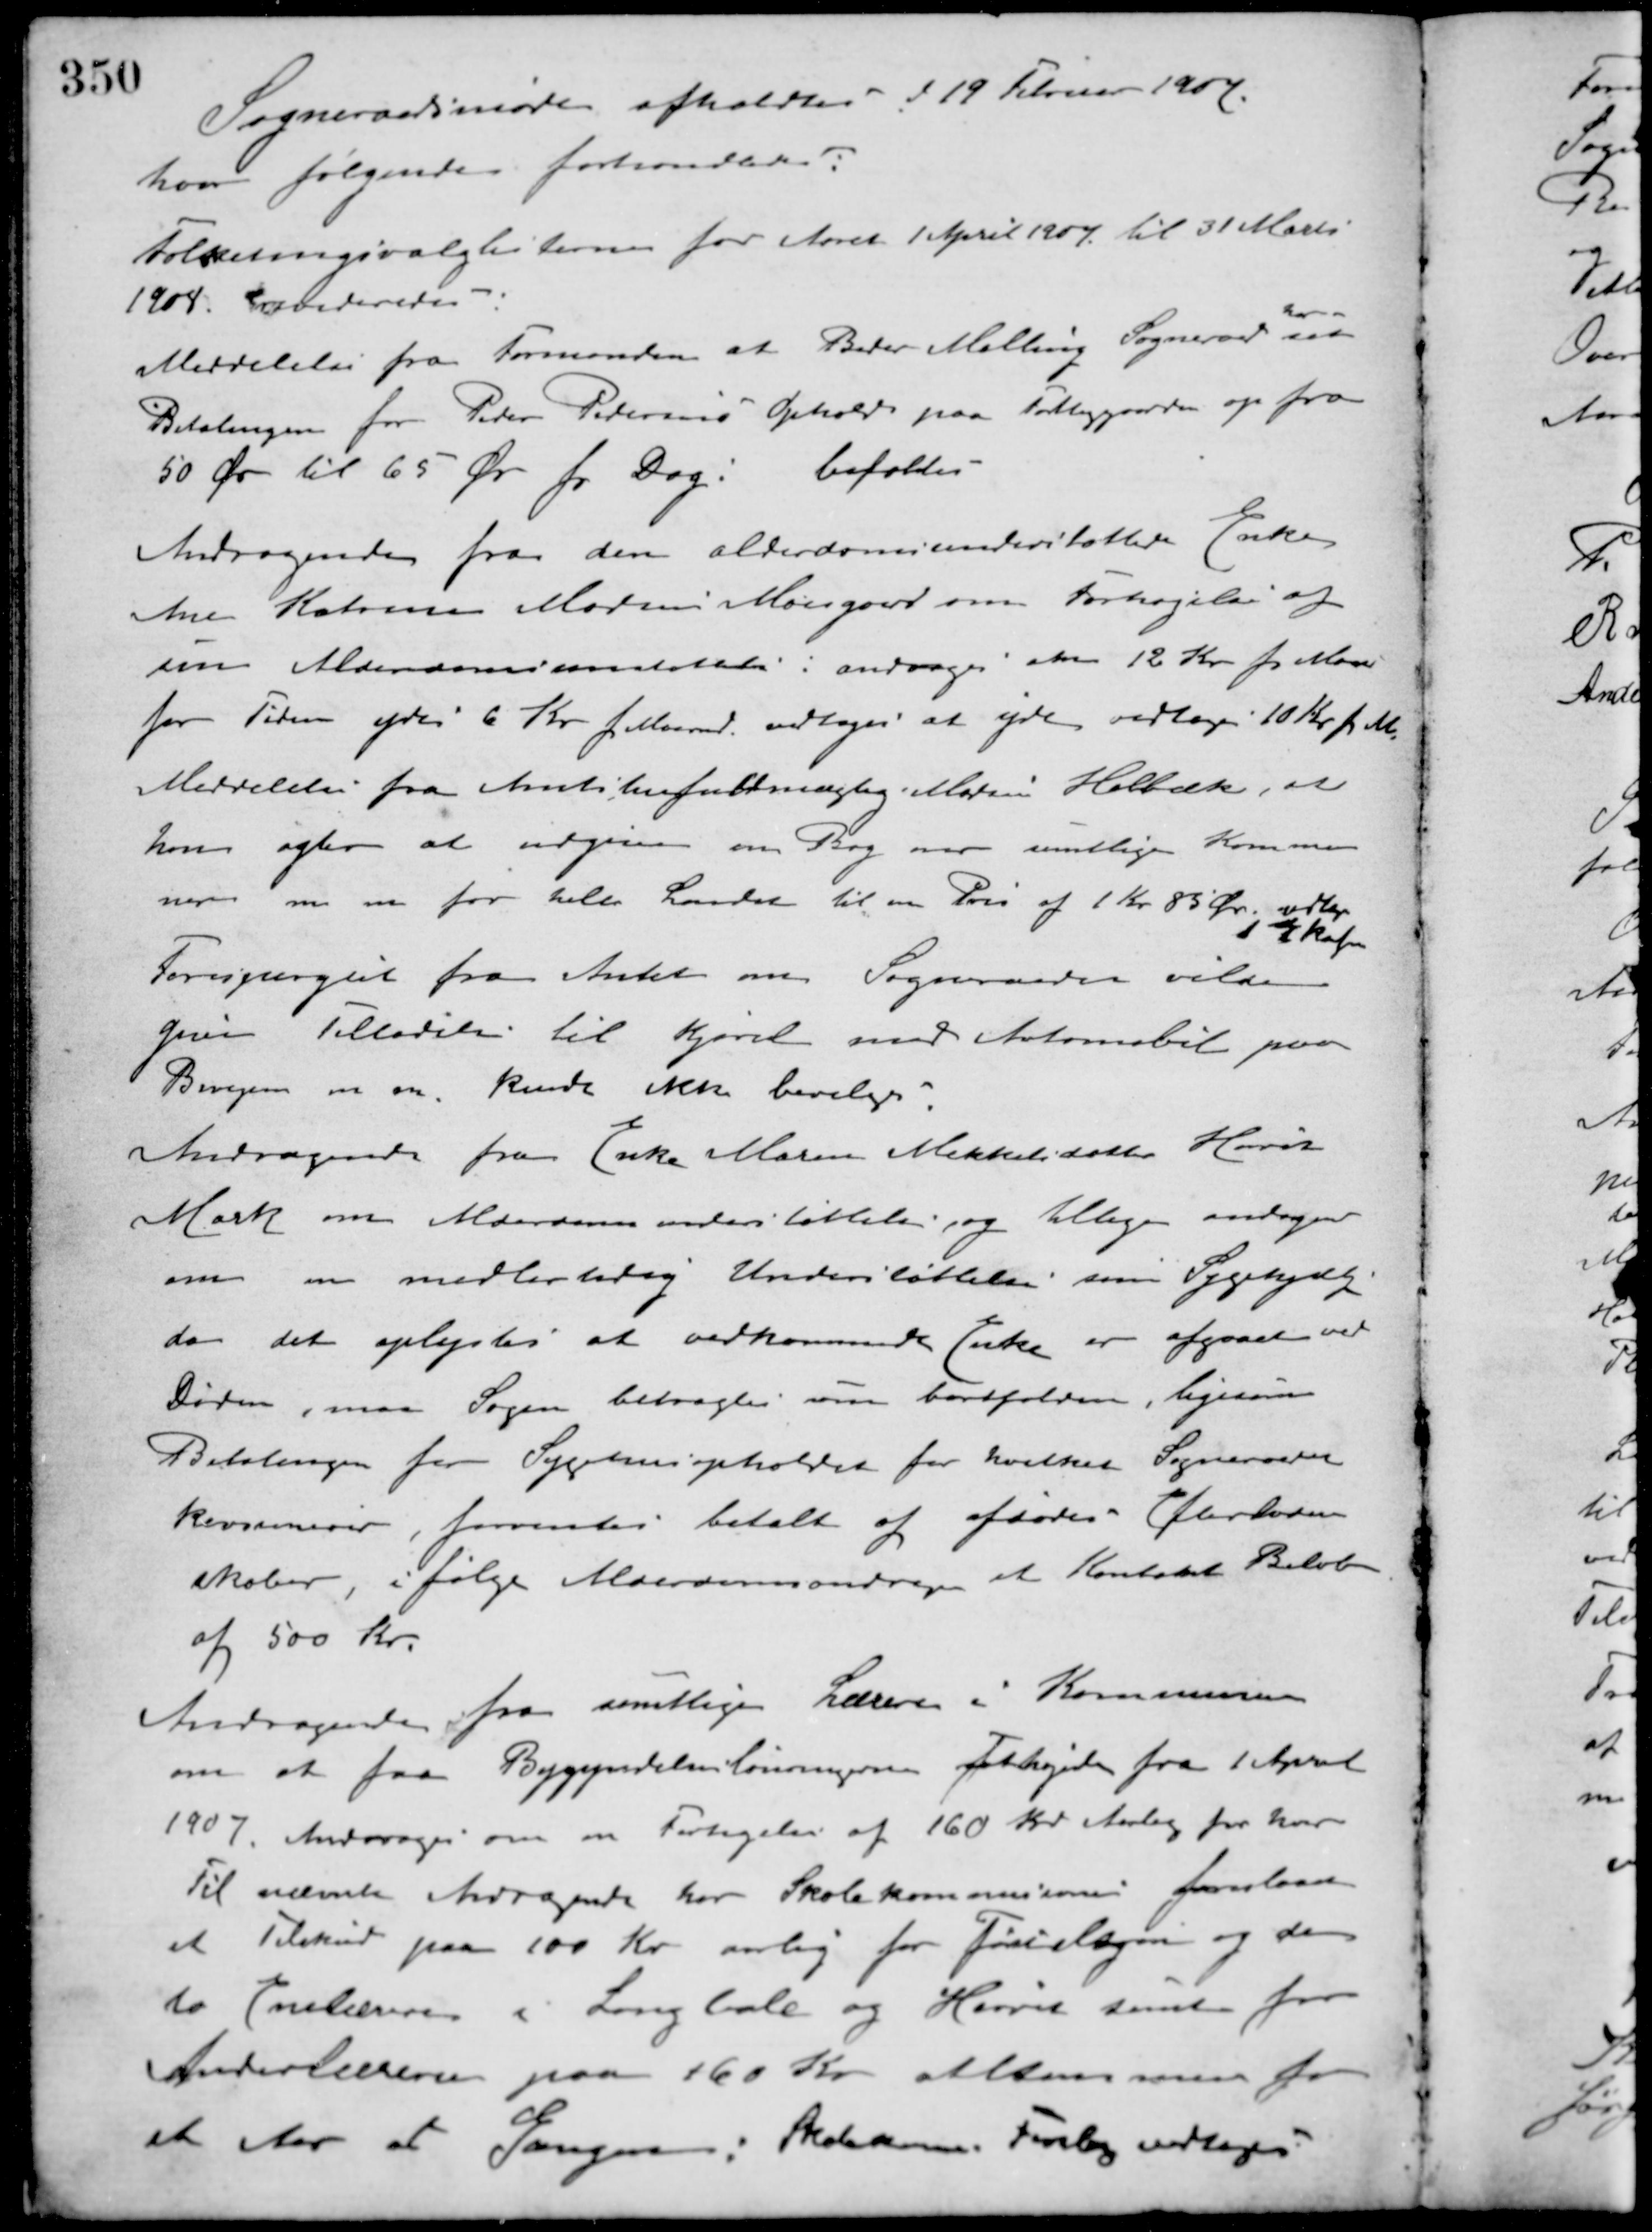
Transskription:
Sogneraadsmøde afholdtes d 19 Februar 1907
hvor følgende forhandledes:
Folketingsvalglisterne for Aaret 1 April 1907 til 31 Marts
1908 Revideredes:
Meddelelse fra Formanden at Beder Malling Sogneraad
har
sat
Betalingen for Peter Pedersens Ophold paa Fattiggaarden op fra
50 Øre til 65 Øre pr. Dag: bortfalder
Andragende fra den alderdomsunderstøttede Enke
Ane Katrine Madsen Moesgaard om Forhøjelse af
sin Alderdomsunstøttelse: andrager om 12 Kr. pr. Maaned
for Tiden ydes 6 Kr. pr. Maaned. vedtoges at yde vedtoges 10 Kr. pr. M.
Meddelelse fra Amtstuefuldmægtig. Marius Holbæk, at
han agter at udgive en Bog over samtlige Kommu-
ner m. m. for hele Landet til en Pris af 1 Kr 85 Øre vedtaget
1
Skaf
Forespørgsel fra Amtet om Sogneraadet vilde
give Tilladelse til Kjørsel med Automobil paa
Bivejene m. m. kunde ikke bevilges.
Andragende fra Enke Maren Mikkelsdatter Hørret
Mark om Alderdomsunderstøttelse og tillige andragende
om en midlertidig Understøttelse som Sygehjælp
da det oplystes at vedkommende Enke er afgaaet ved
Døden, maa Sagen betragtes som bortfalden, ligesom
Betalingen for Sygehusopholdet for hvilket Sogneraadet
kausionerer, forventes betalt af afdødes Efterladen-
skaber, i følge Alderdomsandraget et Kontant Beløb
af 500 Kr.
Andragende fra samtlige Lærere i Kommunen
om at faa Bygyndelseslønningerne forhøjede fra 1 April
1907. Andrages om en Forhøjelse af 160 Kr. Aarlig for hver
Til nævnte Andragende har Skolekommisionen foreslaaet
et Tilskud paa 100 Kr. aarlig for Førstelsen og de
to Enelærere i Langballe og Hørret samt for
Andenlærerne paa 160 Kr. altsammen for
et Aar ad Gangen: Skolekom. Forslag vedtoges